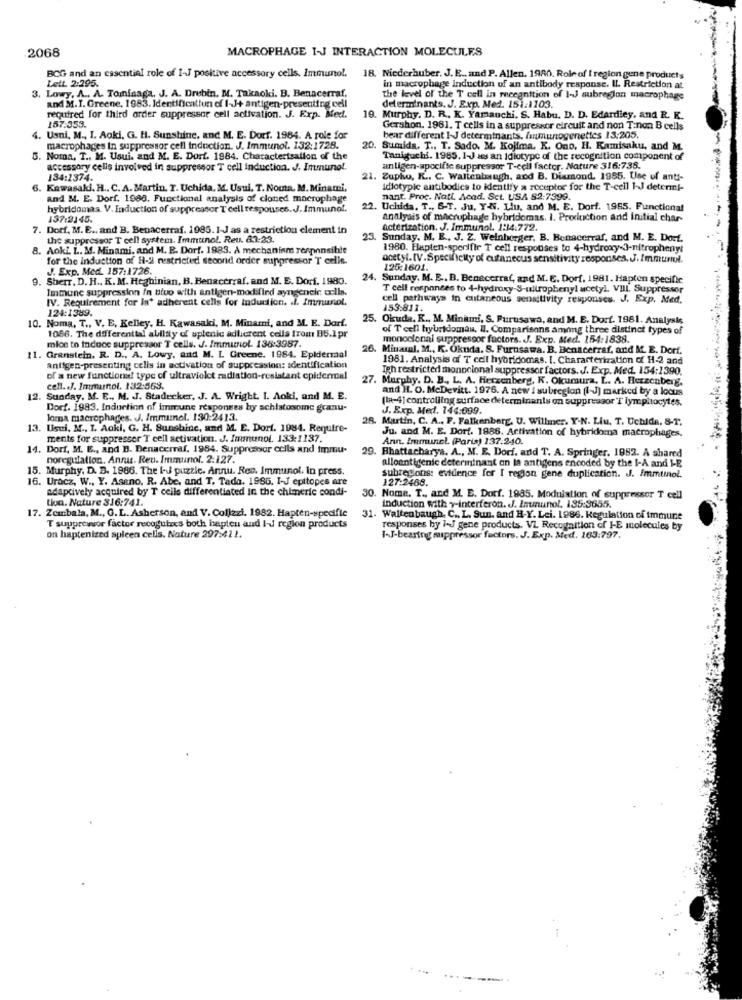
2068
MACROPHAGE I-J INTERACTION MOLECULES
BCG and an essential role of I-J positive accessory cells. Immunol.
Lett. 2:295.
18. Niederhuber. J. E ., and P. Allen. 1980. Role of I region gene products
3. Lowy, A .. A. Tominaga, J. A. Drebin. M. Takaoki. B. Benacerraf.
in macrophage induction of an antibody response. IL Restriction at
the level of the T cell in recognition of I-J subregion macrophage
determinants. J. Exp. Med. 151.1103.
and M.I. Greene, 1983. Identificatiun of I-J+ antigen-presenting cell
10
required for third order suppressor cell activation. J. Exp. Med.
Murphy. D. R ., K. Yamauchi. S. Habu. D. D. Edardiey, and R. K.
157:353.
Gershon. 1961. T cells in a suppressor circuit and non T:non B cells
4. Usni, M ., I. Aoki, G. H. Sunshine, and. M. E. Dorf. 1984. A role for
bear different I-J determinants, fanmunogenetics 13:205.
macrophages In suppressor cell induction. J. Immunol. 132:1728.
20. Sumida, T ., T. Sado. M. Kojima. K. Ono. H. Kamisaku, and M.
5. Noma, T ., M. Usui, and M. E. Dort. 1984. Characterization of the
Taniguchi. 1965. 1-J ses an Idiotype of the recognition component of
accessory celis involved in suppressor T cell induction. J. Immunol.
antigen-specific suppressor T-cell factor. Nature 316:738.
134:1374.
21. Zupho, K ., C. Waltenbaugh, and B. Diamond. 1985. Use of ant-
6. Kawasaki. H .. C. A. Martin. T. Uchida, M. Usul. T. Nouta. M. Minami,
dlotypic antibodies to identify a receptor for the T-cell 1-J determi-
and M. E. Dorf. 1980. Functional analysis of cloned macrophage
nant. Proc. Natt Acad. Sct. USA 82:7999.
hybridomas. V. Induction of suppressor T cell respouses. J. Immunol.
22. Uchida, T ., &-T. Ju, YN. Liu, and M. E. Dorf. 1965. Functional
137:2145.
analysis of macrophage hybridomas. I. Production and Initial char-
7. Dorf, M. E ., and B. Benacerraf. 1985. 1-J as a restriction element in
acterization. J. Immunol. 1:14.772.
the suppressor T cell system. Immunol. Reu. 83:23.
23.
Sunday. M. E ., J. Z. Weinberger, B. Benacerraf, and M. E. Dorf.
8. Aoki. L. M. Minami, and M. E. Dorf. 1983. A mechanism responsible
1980. Hapten-specifir T cell responses to 4-hydroxy-3-nitrophenyl
for the induction of H-2 restricted second order suppressor T cells.
acetyl. [V.Specificity of cutaneous sensitivity responses. J. Immuniul.
J. Exp. Med. 157:1726.
125:1601.
9. Sherr, D. H ., K.M. Heghinian, B. Benacerraf. and M. E. Dorf. 1980.
24. Sunday. M. E .. B. Benacerraf, and M. E. Dorf, 1981. Hapten specific
Immune suppression in Biuo with antigen-mod find ayngeneic cells.
T cell responses to 4-hydroxy-S-uilropheny! acetyl. VIII. Suppressor
IV. Requirement for In' adherent cells for Induction. .. Immunol.
cell pathways in cutaneous sensitivity responses. J. Exp. Med.
124:1389.
153:811.
10. Noma, T ., V. E. Kelley, H. Kawasaki, M. Minari, and M. E. Darf.
25. Okuda, R ., M. Minimi, S. Furusawa, and M. E. Dorf. 1981. Analysis
of T cell hybridomas, Il. Comparisons among three distinct types of
1086. The differential ability of uplenic adlicrent cells from B6.1pr
monoclonal suppressor factors. J. Exp. Med. 154:1838.
mioe to induce suppressor T cells. J. Immunol. 136:3987.
26. Minamal, M ., R. Okuda. S. Furusawa. B. Denacerraf, and M. E. Dorf.
11. Granstein, R. D ., A. Lowy, and M. L Greene. 1984. Epidermal
1981. Analysis of T cell hybridomas. 1. Characterization of H-2 and
antigen-presenting cells in activation of suppression: identification
Igh restricted monoclonal suppressor factors. J. Exp. Med. 154:1390.
of a new functions! type of ultraviolet radiation-resistant epidermal
27.
Murphy, D. B ., L. A. Hecxenberg, K. Okumura, L. A. Herzenberg.
cell. J. Immunol. 132:569.
and H. O. McDevitt. 1976. A new i subregion [I-J) marked by a locus
12. Sunday, M. E ., M. J. Stadecker, J. A. Wright, I. Aoki, and M. E.
(In-4] controlling surface determinants on suppressor T lymphocytes.
Dorf. 1983. Induction of immune responses by schistosome granu-
J. Exp. Med. 144:009.
loma macrophages. J. Immunol. 130:2413.
28. Martin, C. A ., F. Falkenberg. U. Willmer, Y-N. Liu, T. Uchida, 8-1.
13. Usui, M ., I. Aoki, G. H. Sunshine, and M. E. Dorf. 1984. Require-
ments for suppressor T cell activation. J. Immunol. 133:1137.
Ann. Immunol (Paris) 137:240.
Ju. and M. E. Dorf. 1886. Activation of hybridoma macrophages.
14. Dorf, M. E ., and B. Denacerraf. 1984. Suppressor cells and immu-
29. Bhattacharya. A ., M. E. Dorf, and T. A. Springer, 1982. A shared
noregulation. Annat. Reu. Immunol. 2:127.
alloantigenic determinant an la antigens encoded by the I-A and L-E
15. Murphy, D. B. 1986. The I- puzzle. Annu. Rec. Immunol. In press.
16. Uracz, W ., Y. Aseno. R. Abe, and T. Tada. 1985. I-J epitopes are
subregions: evidence for I region gene duplication. J. Immtinol.
127:2468.
adaptively acquired by T cells differentiated in the chimeric condi-
tion. Nature 316:741.
30. Nome. T ., and M. E. Dorf. 1985. Modulation of suppressor T cell
17. Zembala, M ., G.L. Asherson, end V. Colizzi, 1982. Hapten-specific
Induction with y-interferon. J. Inmunol. 135:3655.
31. Waltenbaugh. C ., L. Sun. and H-Y. Lei. 1986. Regulation of immune
T suppressor factor recogutzes both hapten and I-d region products
responses by IJ gene products. VL Recognition of I-E molecules by
on haptenized spleen cells. Nature 297:411.
1-J-bearing suppressor factors. J. Exp. Med. 163:797.
------.